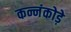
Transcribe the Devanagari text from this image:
कन्नंकोड़े